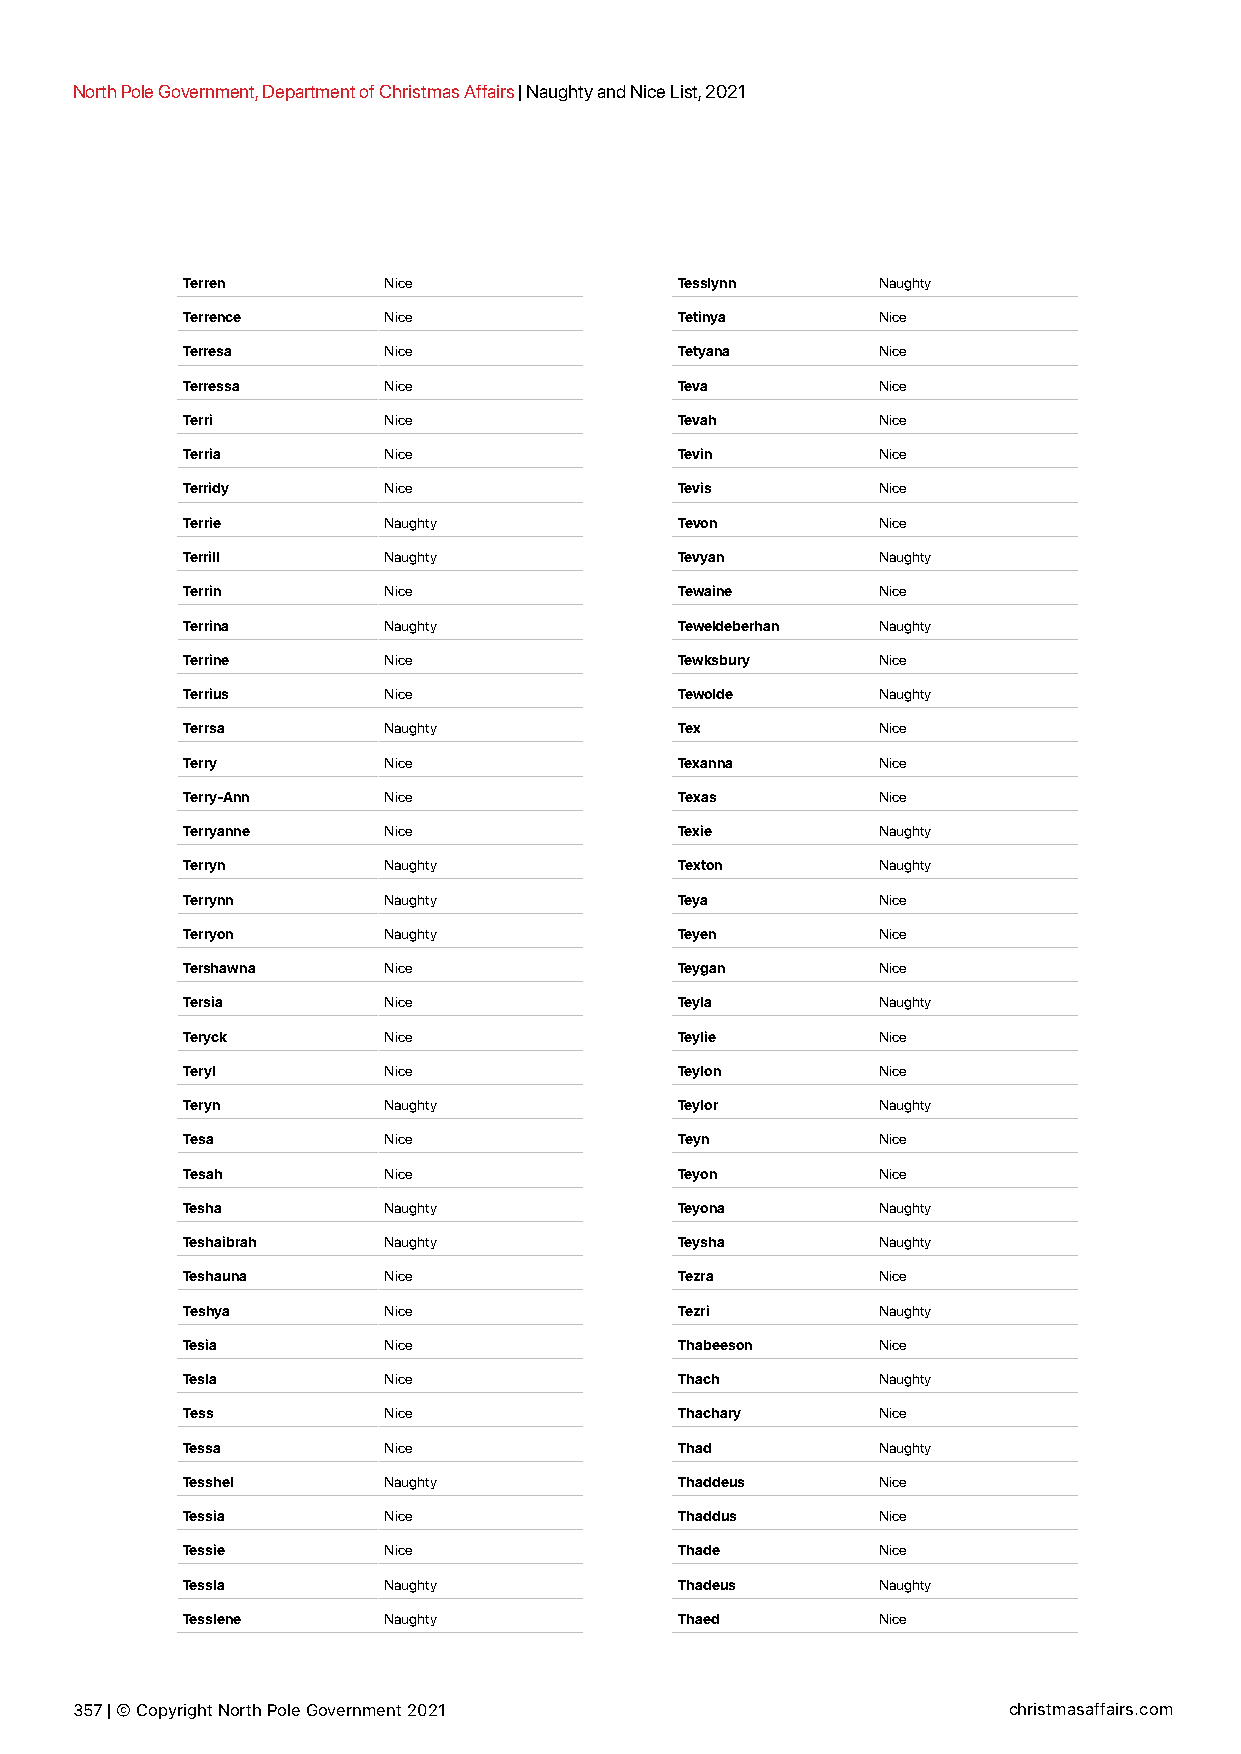
North Pole Government, Department of Christmas Affairs | Naughty and Nice List, 2021
 Terren       Nice                Tesslynn     Naughty
 Terrence     Nice                Tetinya      Nice
 Terresa      Nice                Tetyana      Nice
 Terressa     Nice                Teva         Nice
 Terri        Nice                Tevah        Nice
 Terria       Nice                Tevin        Nice
 Terridy      Nice                Tevis        Nice
 Terrie       Naughty             Tevon        Nice
 Terrill      Naughty             Tevyan       Naughty
 Terrin       Nice                Tewaine      Nice
 Terrina      Naughty             Teweldeberhan Naughty
 Terrine      Nice                Tewksbury    Nice
 Terrius      Nice                Tewolde      Naughty
 Terrsa       Naughty             Tex          Nice
 Terry        Nice                Texanna      Nice
 Terry-Ann    Nice                Texas        Nice
 Terryanne    Nice                Texie        Naughty
 Terryn       Naughty             Texton       Naughty
 Terrynn      Naughty             Teya         Nice
 Terryon      Naughty             Teyen        Nice
 Tershawna    Nice                Teygan       Nice
 Tersia       Nice                Teyla        Naughty
 Teryck       Nice                Teylie       Nice
 Teryl        Nice                Teylon       Nice
 Teryn        Naughty             Teylor       Naughty
 Tesa         Nice                Teyn         Nice
 Tesah        Nice                Teyon        Nice
 Tesha        Naughty             Teyona       Naughty
 Teshaibrah   Naughty             Teysha       Naughty
 Teshauna     Nice                Tezra        Nice
 Teshya       Nice                Tezri        Naughty
 Tesia        Nice                Thabeeson    Nice
 Tesla        Nice                Thach        Naughty
 Tess         Nice                Thachary     Nice
 Tessa        Nice                Thad         Naughty
 Tesshel      Naughty             Thaddeus     Nice
 Tessia       Nice                Thaddus      Nice
 Tessie       Nice                Thade        Nice
 Tessla       Naughty             Thadeus      Naughty
 Tesslene     Naughty             Thaed        Nice
 357 | © Copyright North Pole Government 2021                  christmasaffairs.com